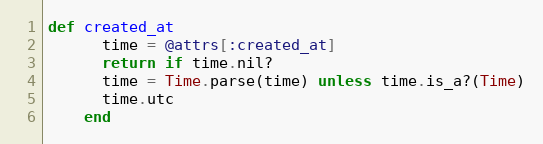
Language: Ruby
def created_at
      time = @attrs[:created_at]
      return if time.nil?
      time = Time.parse(time) unless time.is_a?(Time)
      time.utc
    end